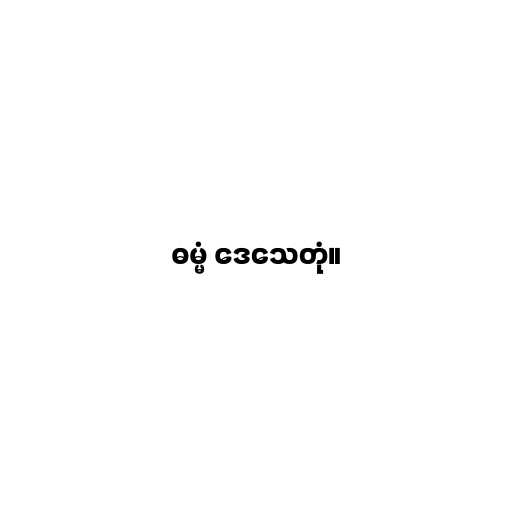
ဓမ္မံ ဒေသေတုံ။